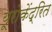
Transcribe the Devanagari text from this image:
यूरोकेंद्रित